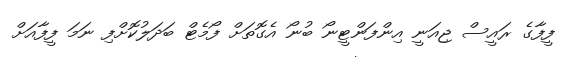
ފީފާގެ ރައީސް ޖިއަނީ އިންފަންޓީނޯ ބުނޯ އެގޮތަށް ފޯމެޓް ބަދަލުކޮށްފި ނަމަ ފީފާއަށް